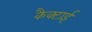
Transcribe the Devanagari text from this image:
कैक्टाई